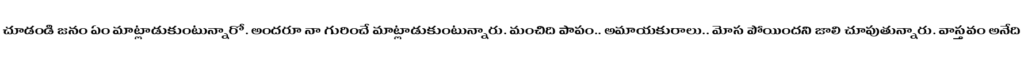
చూడండి జనం ఏం మాట్లాడుకుంటున్నారో. అందరూ నా గురించే మాట్లాడుకుంటున్నారు. మంచిది పాపం.. అమాయకురాలు.. మోస పోయిందని జాలి చూపుతున్నారు. వాస్తవం అనేది